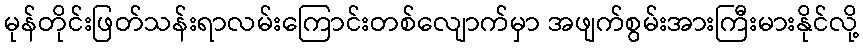
မုန်တိုင်းဖြတ်သန်းရာလမ်းကြောင်းတစ်လျောက်မှာ အဖျက်စွမ်းအားကြီးမားနိုင်လို့